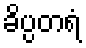
ခိပ္ပတရံ